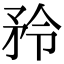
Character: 矝